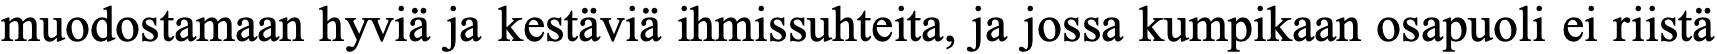
muodostamaan hyviä ja kestäviä ihmissuhteita, ja jossa kumpikaan osapuoli ei riistä